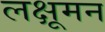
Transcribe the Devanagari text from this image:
लक्षूमन